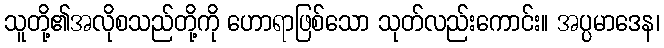
သူတို့၏အလိုစသည်တို့ကို ဟောရာဖြစ်သော သုတ်လည်းကောင်း။ အပ္ပမာဒေန၊